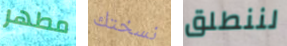
مطهر نسختك لننطلق